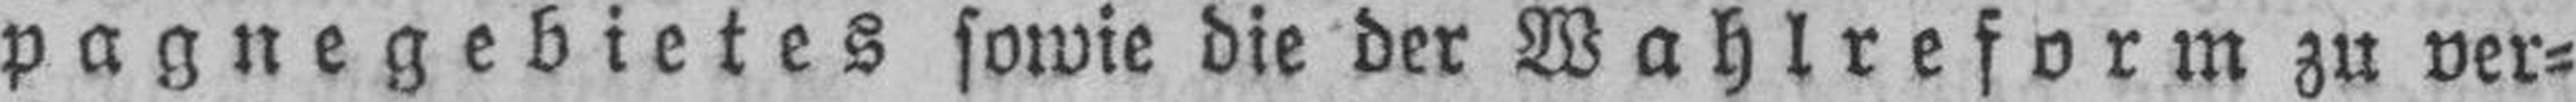
pagnegebietes sowie die der Wahlreform zu ver¬